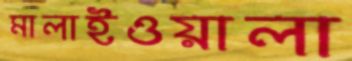
মালাইওয়ালা